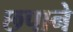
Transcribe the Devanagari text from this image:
छपाने